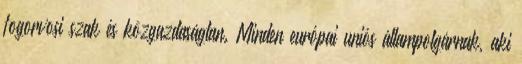
fogorvosi szak és közgazdaságtan. Minden európai uniós állampolgárnak, aki